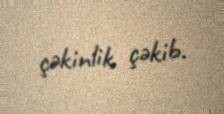
çəkinlik çəkib.